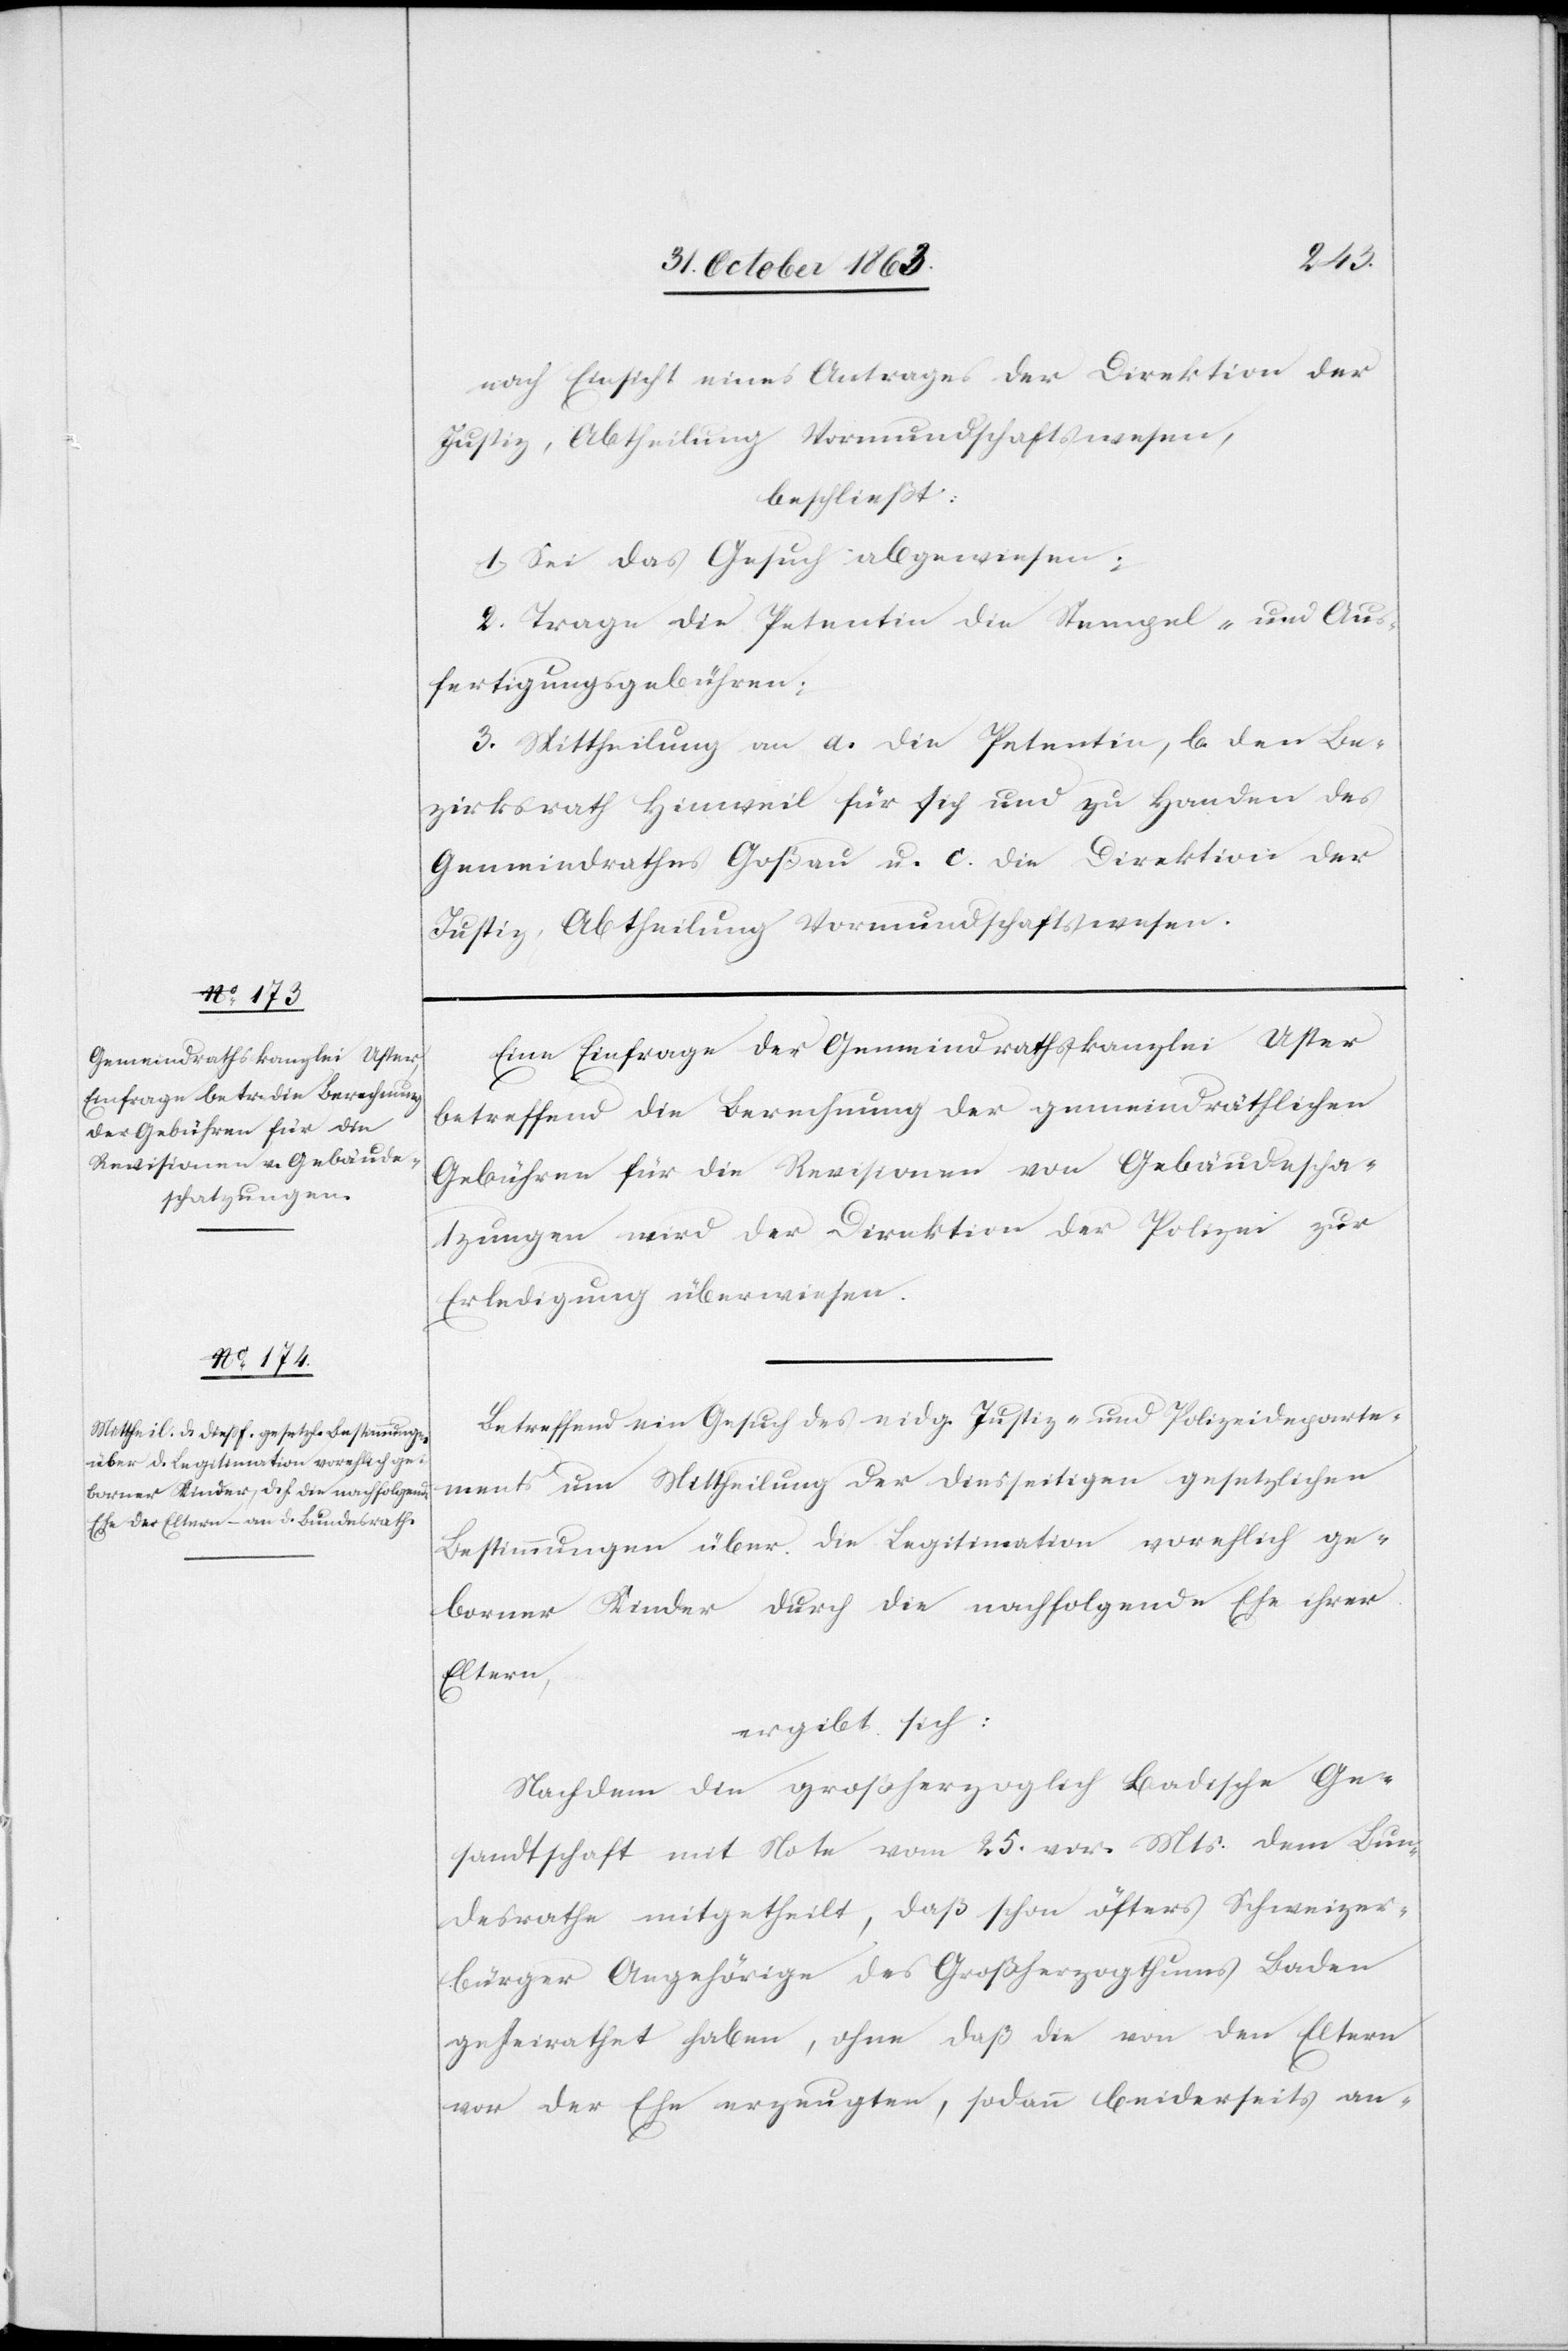
nach Einsicht eines Antrages der Direktion der
Justiz, Abtheilung Vormundschaftswesen,
beschließt:
1. Sei das Gesuch abgewiesen;
2. Trage die Petentin die Stempel- und Aus¬
fertigungsgebühren;
3. Mittheilung an a. die Petentin, b. den Be¬
zirksrath Hinweil für sich und zu Handen des
Gemeindrathes Goßau u. c. die Direktion der
Justiz, Abtheilung Vormundschaftswesen.
Eine Einfrage der Gemeindrathskanzlei Uster
betreffend die Berechnung der gemeindräthlichen
Gebühren für die Revisionen von Gebäudescha¬
tzungen wird der Direktion der Polizei zur
Erledigung überwiesen.
Betreffend ein Gesuch des eidg. Justiz- und Polizeideparte¬
ments um Mittheilung der diesseitigen gesetzlichen
Bestimmungen über die Legitimation vorehlich ge¬
borner Kinder durch die nachfolgende Ehe ihrer
Eltern,
ergibt sich:
Nachdem die großherzoglich Badische Ge¬
sandtschaft mit Note vom 25. vor. Mts. dem Bun¬
desrathe mitgetheilt, daß schon öfters Schweizer¬
bürger Angehörige des Großherzogthums Baden
geheirathet haben, ohne daß die von den Eltern
von der Ehe erzeugten, sodann beiderseits an-